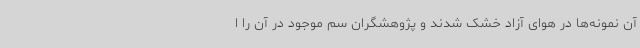
آن نمونه‌ها در هوای آزاد خشک شدند و پژوهشگران سم موجود در آن را ا